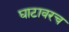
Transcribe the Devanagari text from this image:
घाटावरच